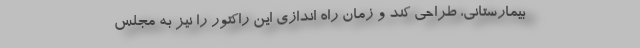
بیمارستانی، طراحی کند و زمان راه اندازی این راکتور را نیز به مجلس